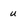
Character: u